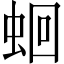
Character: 蛔